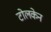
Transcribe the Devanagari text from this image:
टोलकेन